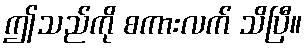
ဤသည်ကို စကားလက် သိပြီ။